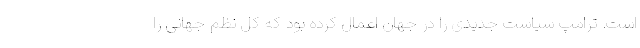
است. ترامپ سیاست جدیدی را در جهان اعمال کرده بود که کل نظم جهانی را